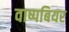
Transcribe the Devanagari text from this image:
वाष्पबियर